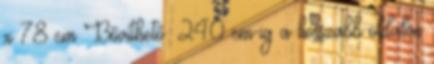
x 78 cm Bővíthető: 240 cm-ig a hosszabb oldalon